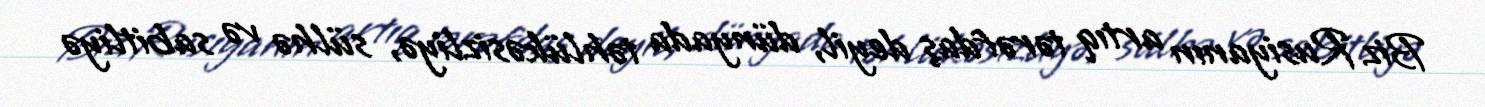
Biz Rusiyanın artıq tərəfdaş deyil, dünyada təhlükəsizliyə, sülhə və sabitliyə